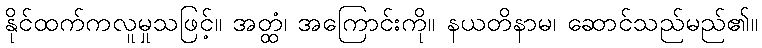
နိုင်ထက်ကလူမှုသဖြင့်။ အတ္ထံ၊ အကြောင်းကို။ နယတိနာမ၊ ဆောင်သည်မည်၏။